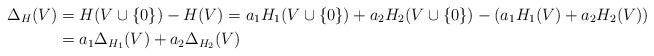
LaTeX: \begin{align*}\Delta_H (V)&= H(V\cup \{0\})-H(V)= a_1H_1(V\cup \{0\})+a_2 H_2(V \cup \{0\}) - (a_1 H_1(V)+a_2 H_2(V) ) \\&= a_1\Delta_{H_1} (V)+a_2\Delta_{H_2} (V) \end{align*}